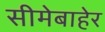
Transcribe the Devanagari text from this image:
सीमेबाहेर